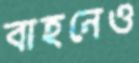
বাহনেও